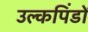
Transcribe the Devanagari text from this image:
उल्कपिंडों